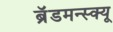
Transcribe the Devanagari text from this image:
ब्रॅडमन्स्क्यू